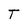
Character: T